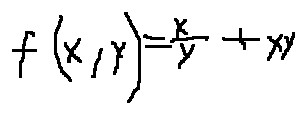
f ( x , y ) = \frac { x } { y } + x y